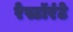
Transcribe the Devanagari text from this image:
रेस्टॉरंटे